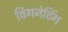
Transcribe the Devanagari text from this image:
विगनेटिंग